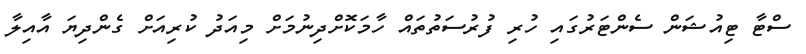
ސްޓާ ޓިއުޝަން ސެންޓަރުގައި ހުރި ފުރުސަތުތައް ހާމަކޮށްދިނުމަށް މިއަދު ކުރިއަށް ގެންދިޔަ އާއިލާ